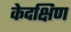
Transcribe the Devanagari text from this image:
केदक्षिण